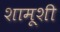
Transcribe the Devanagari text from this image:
शामूशी